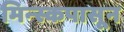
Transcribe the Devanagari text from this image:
मिन्स्कपासून